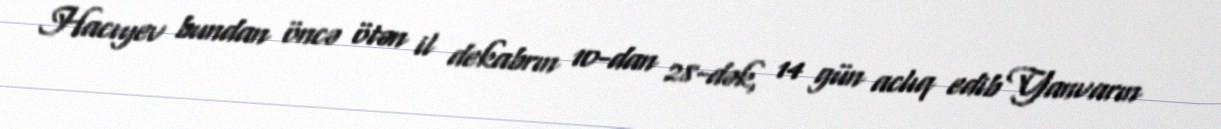
Hacıyev bundan öncə ötən il dekabrın 10-dan 28-dək, 14 gün aclıq edib Yanvarın